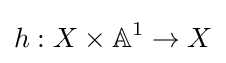
h:X\times \mathbb {A} ^{1}\to X